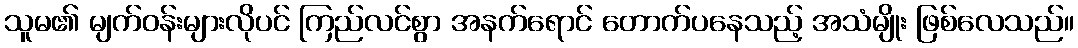
သူမ၏ မျက်ဝန်းများလိုပင် ကြည်လင်စွာ အနက်ရောင် တောက်ပနေသည့် အသံမျိုး ဖြစ်လေသည်။